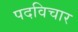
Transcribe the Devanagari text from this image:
पदविचार